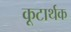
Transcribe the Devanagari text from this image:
कूटार्थक